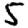
Digit: 5